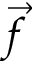
\vec { f }